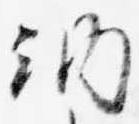
納